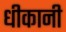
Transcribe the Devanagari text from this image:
धीकानी